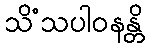
သိံသပါဝနန္တိ